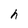
Character: h